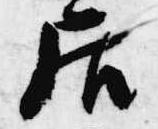
居